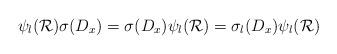
LaTeX: \begin{align*}\psi_l(\mathcal{R})\sigma(D_x)= \sigma(D_x)\psi_l(\mathcal{R})= \sigma_{l}(D_x)\psi_l(\mathcal{R})\end{align*}